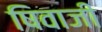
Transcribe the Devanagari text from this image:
षिवाजी